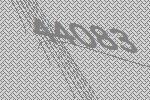
44083